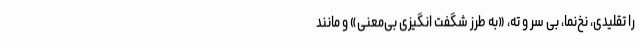
را تقلیدی، نخ‌نما، بی سر و ته، «به طرز شگفت انگیزی بی‌معنی» و مانند